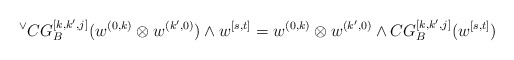
\begin{align*} {^\vee C}G^{[k, k', j]}_B(w^{(0,k)}\otimes w^{(k',0)})\wedge w^{[s,t]}=w^{(0,k)}\otimes w^{(k',0)} \wedge CG^{[k, k', j]}_B(w^{[s,t]}) \end{align*}